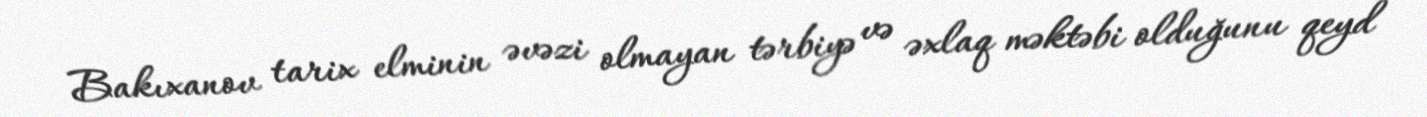
Bakıxanov tarix elminin əvəzi olmayan tərbiyə və əxlaq məktəbi olduğunu qeyd